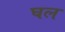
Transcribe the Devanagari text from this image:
घल